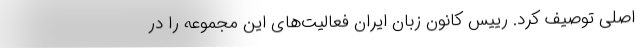
اصلی توصیف کرد. رییس کانون زبان ایران فعالیت‌های این مجموعه را در